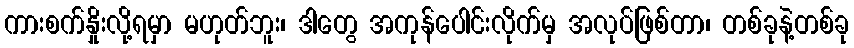
ကားစက်နှိုးလို့ရမှာ မဟုတ်ဘူး၊ ဒါတွေ အကုန်ပေါင်းလိုက်မှ အလုပ်ဖြစ်တာ၊ တစ်ခုနဲ့တစ်ခု